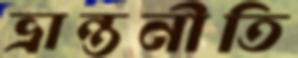
ভ্রান্তনীতি